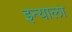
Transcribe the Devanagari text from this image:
इन्याला